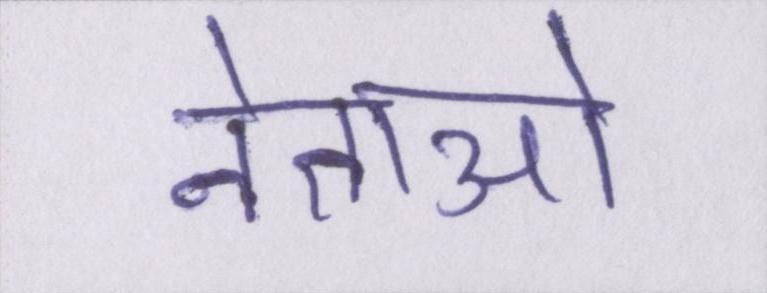
नेताओ